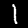
Digit: 1